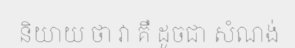
និយាយ ថា វា គឺ ដូចជា សំណង់